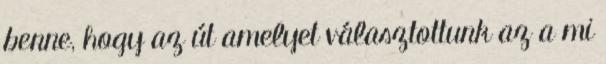
benne, hogy az út amelyet választottunk az a mi